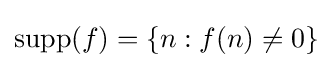
\operatorname {supp} (f)=\{n:f(n)\neq 0\}